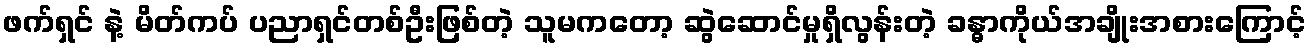
ဖက်ရှင် နဲ့ မိတ်ကပ် ပညာရှင်တစ်ဦးဖြစ်တဲ့ သူမကတော့ ဆွဲဆောင်မှုရှိလွန်းတဲ့ ခန္ဓာကိုယ်အချိုးအစားကြောင့်